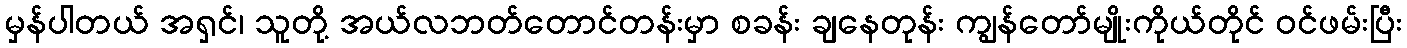
မှန်ပါတယ် အရှင်၊ သူတို့ အယ်လဘတ်တောင်တန်းမှာ စခန်း ချနေတုန်း ကျွန်တော်မျိုးကိုယ်တိုင် ဝင်ဖမ်းပြီး